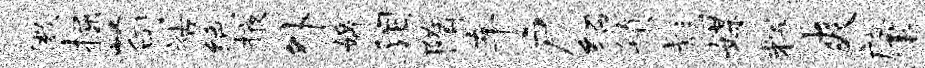
徽掘苟祜绝掖外婢泪隋车户绍镇彪媒辉爽肇